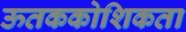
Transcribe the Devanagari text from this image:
ऊतककोशिकता